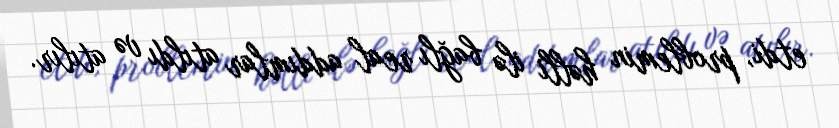
etdi, problemin həlli ilə bağlı real addımlar atıldı və atılır.